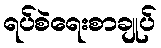
ရပ်စဲရေးစာချုပ်